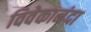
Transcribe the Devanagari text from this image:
विवेकानंदा